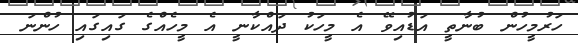
ހަރުމީހުން ބުނާތީ އަޑުއިވޭ އެ މީހަކު ދައްކާނީ އެ މީހެއްގެ ގައިގައި ހުންނަ